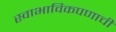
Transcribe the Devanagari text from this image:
स्वाभाविकपणाची